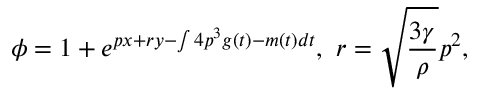
\phi = 1 + e ^ { p x + r y - \int 4 p ^ { 3 } g ( t ) - m ( t ) d t } , \ r = \sqrt { \frac { 3 \gamma } { \rho } } p ^ { 2 } ,